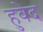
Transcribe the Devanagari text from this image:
हुवेद